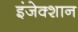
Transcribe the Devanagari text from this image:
इंजेक्शान